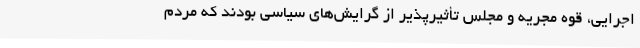
اجرایی، قوه مجریه و مجلس تأثیرپذیر از گرایش‌های سیاسی بودند که مردم